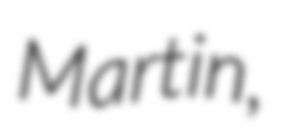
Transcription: Martin,